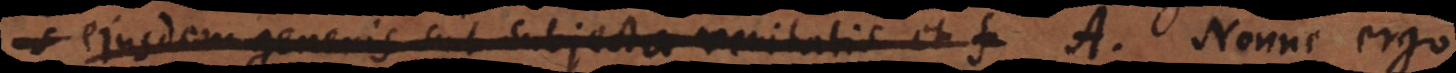
generis sint subjecta veritatis et f A. Nonne ergo